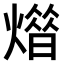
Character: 𤎳